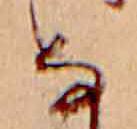
な